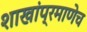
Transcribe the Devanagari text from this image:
शाखांप्रमाणेच